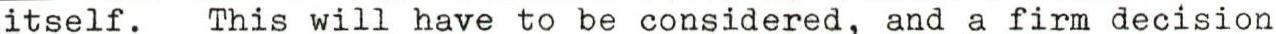
itself. This will have to be considered, and a firm decision